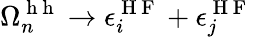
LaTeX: \Omega_{n}^{\mathrm{~h~h~}}\to\epsilon_{i}^{\mathrm{~H~F~}}+\epsilon_{j}^{\mathrm{~H~F~}}